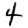
Digit: 4